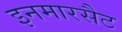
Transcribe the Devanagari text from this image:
इनमारसैट